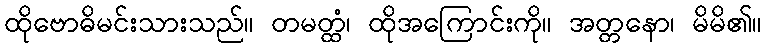
ထိုဗောဓိမင်းသားသည်။ တမတ္ထံ၊ ထိုအကြောင်းကို။ အတ္တနော၊ မိမိ၏။